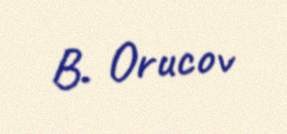
B. Orucov